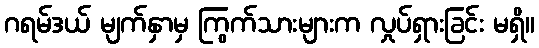
ဂရမ်ဒယ် မျက်နှာမှ ကြွက်သားများက လှုပ်ရှားခြင်း မရှိ။